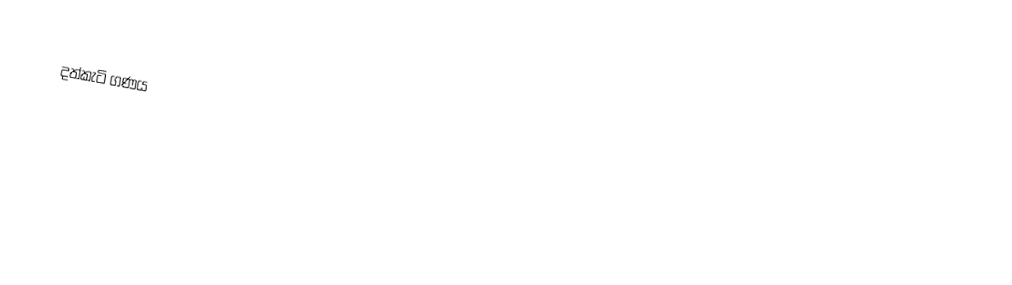
දත්කැටි ගණය